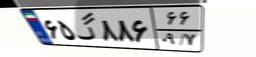
۶۵گ۸۸۶۶۶